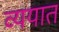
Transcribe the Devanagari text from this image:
व्ययात